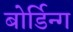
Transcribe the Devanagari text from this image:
बोर्डिन्ग